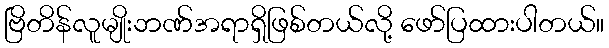
ဗြိတိန်လူမျိုးဘဏ်အရာရှိဖြစ်တယ်လို့ ဖော်ပြထားပါတယ်။